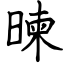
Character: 暕